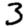
Digit: 3